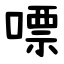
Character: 嘌